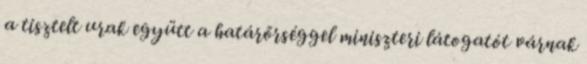
a tisztelt urak együtt a határőrséggel miniszteri látogatót várnak